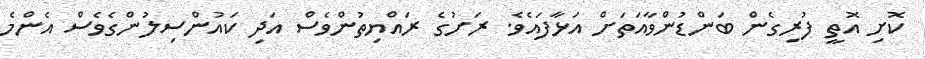
ކޮށި އޮތީ ފުރިގެން ބަންޑުންވާއަތަށް އަޅާފައެވެ. ރަށުގެ ރައްޔިތުންވެސް އަދި ކައުންސިލުންގެވެސް އެންމެ